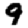
Digit: 9